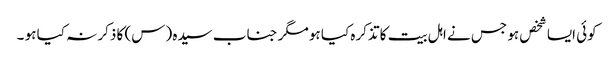
کوئی ایسا شخص ہو جس نے اہل بیت کا تذکرہ کیا ہو مگر جناب سیدہ (س) کا ذکر نہ کیا ہو ۔